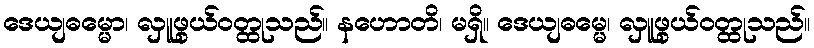
ဒေယျဓမ္မော၊ လှူဖွယ်ဝတ္ထုသည်။ နဟောတိ၊ မရှိ။ ဒေယျဓမ္မေ၊ လှူဖွယ်ဝတ္ထုသည်။